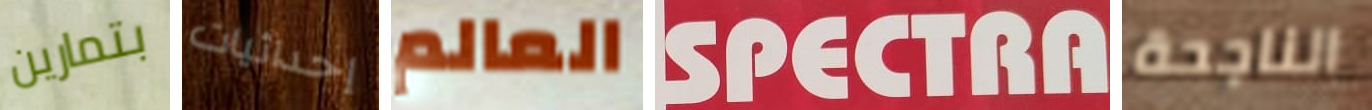
بتمارين إحداثيات العالم SPECTRA الناجحة